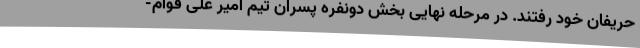
حریفان خود رفتند. در مرحله نهایی بخش دونفره پسران تیم امیر علی قوام-